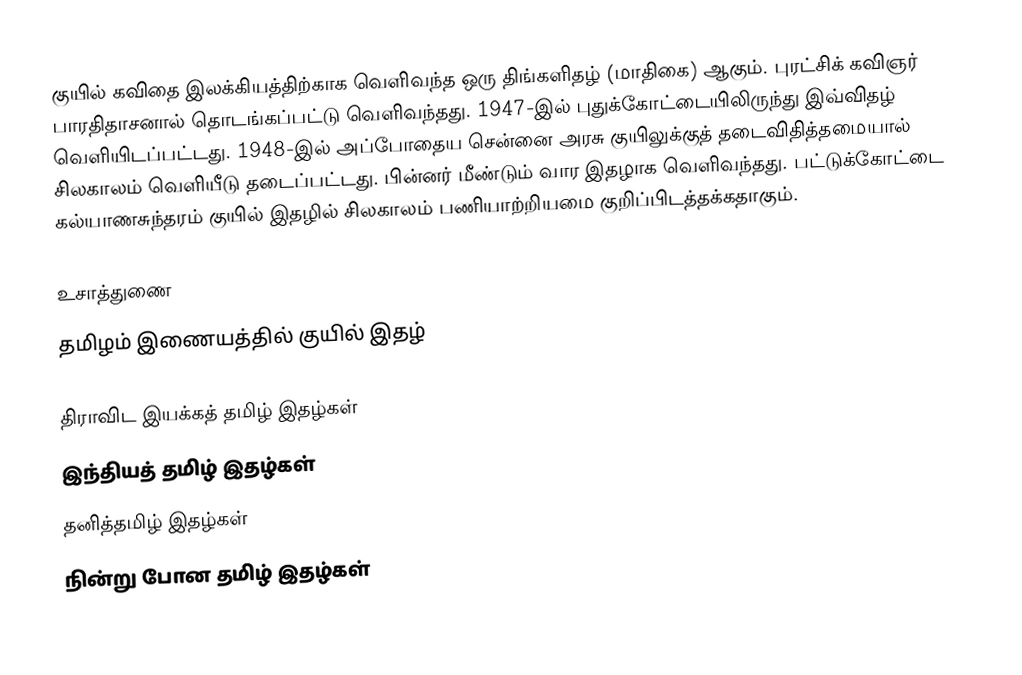
குயில் கவிதை இலக்கியத்திற்காக வெளிவந்த ஒரு திங்களிதழ் (மாதிகை) ஆகும். புரட்சிக் கவிஞர் பாரதிதாசனால் தொடங்கப்பட்டு வெளிவந்தது. 1947-இல் புதுக்கோட்டையிலிருந்து இவ்விதழ் வெளியிடப்பட்டது. 1948-இல் அப்போதைய சென்னை அரசு குயிலுக்குத் தடைவிதித்தமையால் சிலகாலம் வெளியீடு தடைப்பட்டது. பின்னர் மீண்டும் வார இதழாக வெளிவந்தது. பட்டுக்கோட்டை கல்யாணசுந்தரம் குயில் இதழில் சிலகாலம் பணியாற்றியமை குறிப்பிடத்தக்கதாகும்.

உசாத்துணை
 தமிழம் இணையத்தில் குயில் இதழ்

திராவிட இயக்கத் தமிழ் இதழ்கள்
இந்தியத் தமிழ் இதழ்கள்
தனித்தமிழ் இதழ்கள்
நின்று போன தமிழ் இதழ்கள்